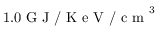
1 . 0 \mathrm { ~ G ~ J ~ / ~ K ~ e ~ V ~ / ~ c ~ m ~ } ^ { 3 }